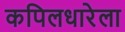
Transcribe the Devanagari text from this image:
कपिलधारेला